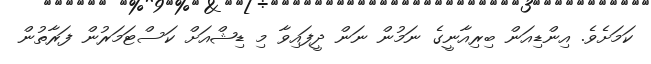
ކަމަށެވެ. އިންޑިއަން ބިރިއާނީގެ ނަމުން ނަން ދީފައިވާ މި ޑިޝްއަށް ކަސްޓަމަރުން ފަރާތުން